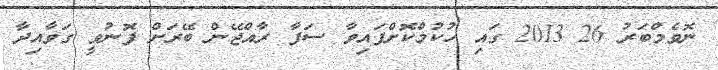
ނޮވެމްބަރު 26 2013 ގައި ހުކުމްކޮށްފައިވާ ސަފާ ރާއްޖޭން ބޭރަށް ފޮނުވީ ގަވާއިދާ